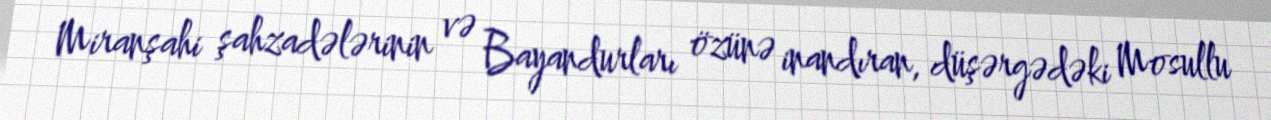
Miranşahi şahzadələrinin və Bayandurları özünə inandıran, düşərgədəki Mosullu